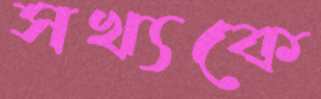
সখ্যকে